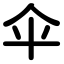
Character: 伞